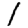
Digit: 1